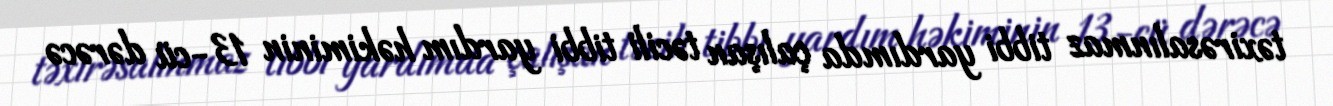
təxirəsalınmaz tibbi yardımda çalışan təcili tibbi yardım həkiminin 13-cü dərəcə